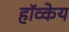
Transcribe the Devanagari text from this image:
हॉव्केय